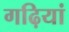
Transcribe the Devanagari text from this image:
गढ़ियां